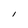
Character: I